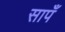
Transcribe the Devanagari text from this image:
सापँ